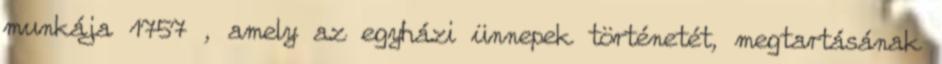
munkája 1757 , amely az egyházi ünnepek történetét, megtartásának